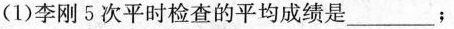
(1)李刚5次平时检查的平均成绩是___；